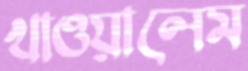
খাওয়ালেম